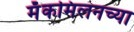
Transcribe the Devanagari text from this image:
मॅकमिलनच्या